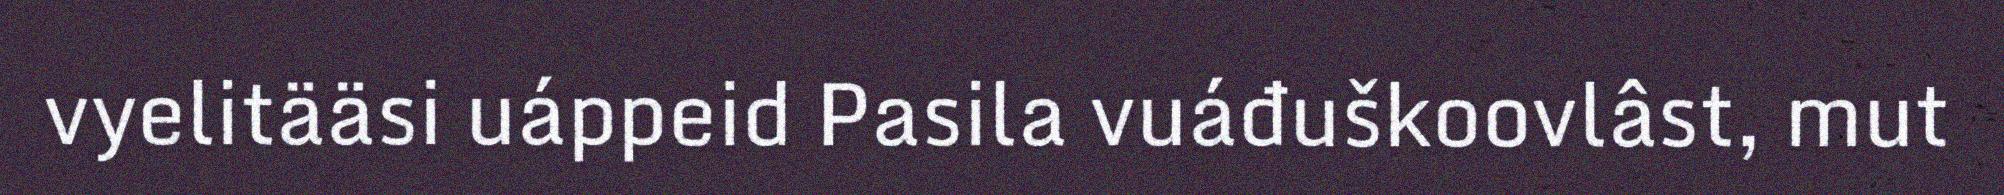
vyelitääsi uáppeid Pasila vuáđuškoovlâst, mut